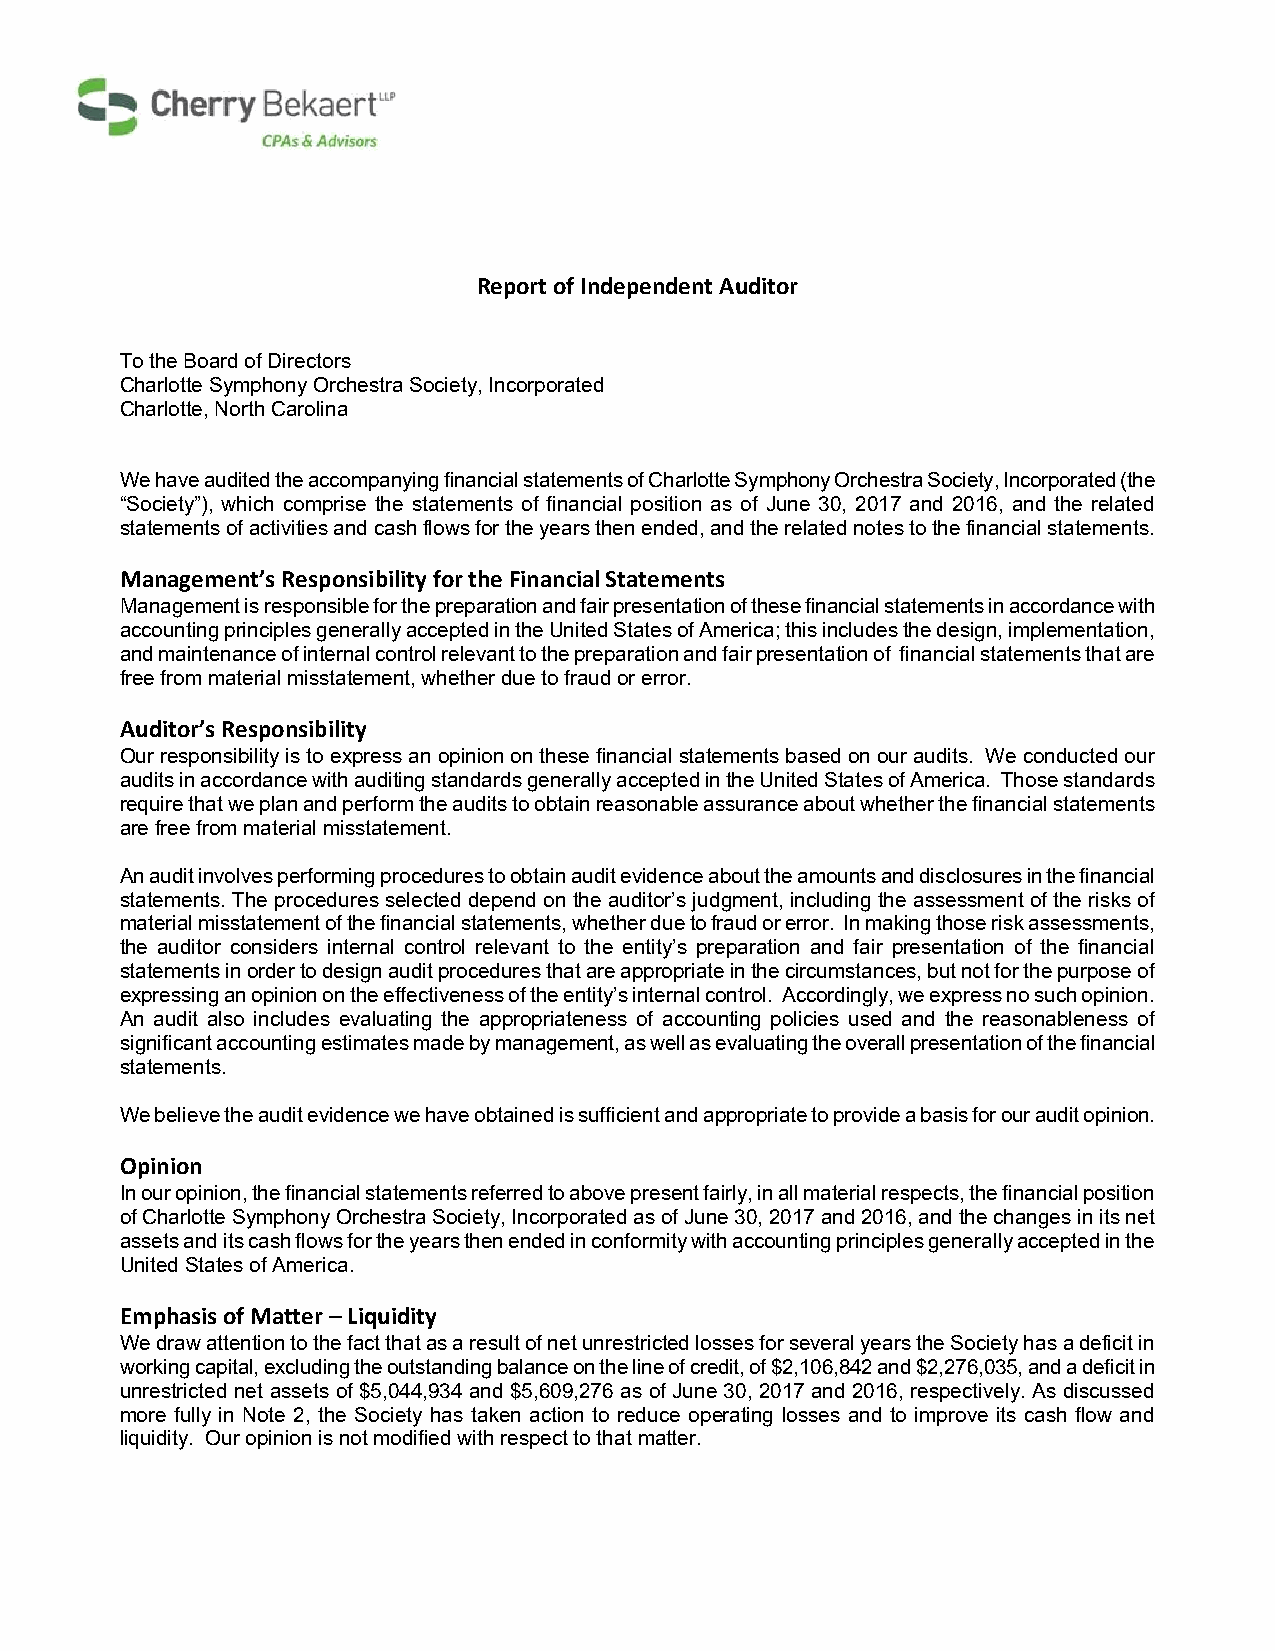
Report of Independent Auditor
 To the Board of Directors
 Charlotte Symphony Orchestra Society, Incorporated
 Charlotte, North Carolina
 We have audited the accompanying financial statements of Charlotte Symphony Orchestra Society, Incorporated (the
 “Society”), which comprise the statements of financial position as of June 30, 2017 and 2016, and the related
 statements of activities and cash flows for the years then ended, and the related notes to the financial statements.
 Management’s Responsibility for the Financial Statements
 Management is responsible for the preparation and fair presentation of these financial statements in accordance with
 accounting principles generally accepted in the United States of America; this includes the design, implementation,
 and maintenance of internal control relevant to the preparation and fair presentation of financial statements that are
 free from material misstatement, whether due to fraud or error.
 Auditor’s Responsibility
 Our responsibility is to express an opinion on these financial statements based on our audits. We conducted our
 audits in accordance with auditing standards generally accepted in the United States of America. Those standards
 require that we plan and perform the audits to obtain reasonable assurance about whether the financial statements
 are free from material misstatement.
 An audit involves performing procedures to obtain audit evidence about the amounts and disclosures in the financial
 statements. The procedures selected depend on the auditor’s judgment, including the assessment of the risks of
 material misstatement of the financial statements, whether due to fraud or error. In making those risk assessments,
 the auditor considers internal control relevant to the entity’s preparation and fair presentation of the financial
 statements in order to design audit procedures that are appropriate in the circumstances, but not for the purpose of
 expressing an opinion on the effectiveness of the entity’s internal control. Accordingly, we express no such opinion.
 An audit also includes evaluating the appropriateness of accounting policies used and the reasonableness of
 significant accounting estimates made by management, as well as evaluating the overall presentation of the financial
 statements.
 We believe the audit evidence we have obtained is sufficient and appropriate to provide a basis for our audit opinion.
 Opinion
 In our opinion, the financial statements referred to above present fairly, in all material respects, the financial position
 of Charlotte Symphony Orchestra Society, Incorporated as of June 30, 2017 and 2016, and the changes in its net
 assets and its cash flows for the years then ended in conformity with accounting principles generally accepted in the
 United States of America.
 Emphasis of Matter – Liquidity
 We draw attention to the fact that as a result of net unrestricted losses for several years the Society has a deficit in
 working capital, excluding the outstanding balance on the line of credit, of $2,106,842 and $2,276,035, and a deficit in
 unrestricted net assets of $5,044,934 and $5,609,276 as of June 30, 2017 and 2016, respectively. As discussed
 more fully in Note 2, the Society has taken action to reduce operating losses and to improve its cash flow and
 liquidity. Our opinion is not modified with respect to that matter.